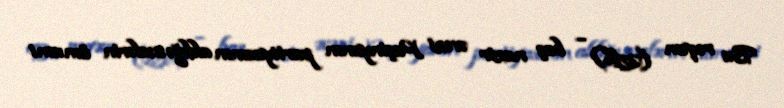
Bu rəqəm (25%) – baş nazir əvəzi Paşinyanın partiyasının aldığı səslərin ümumi